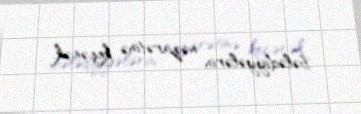
bələdiyyələrin nəzarətinə keçəcək.